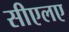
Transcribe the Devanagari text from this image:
सीएलए